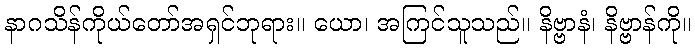
နာဂသိန်ကိုယ်တော်အရှင်ဘုရား။ ယော၊ အကြင်သူသည်။ နိဗ္ဗာနံ၊ နိဗ္ဗာန်ကို။